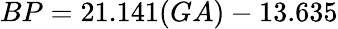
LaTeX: BP=21.141(GA)-13.635